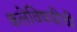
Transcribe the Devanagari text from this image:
कलेविषयीची